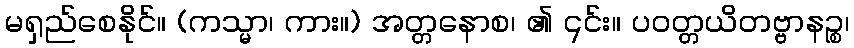
မရှည်စေနိုင်။ (ကသ္မာ၊ ကား။) အတ္တနောစ၊ ၏ ၎င်း။ ပဝတ္တယိတဗ္ဗာနဉ္စ၊